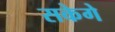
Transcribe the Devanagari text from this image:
सकेगे